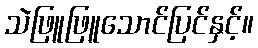
သဲဖြူဖြူသောင်ပြင်နှင့်။